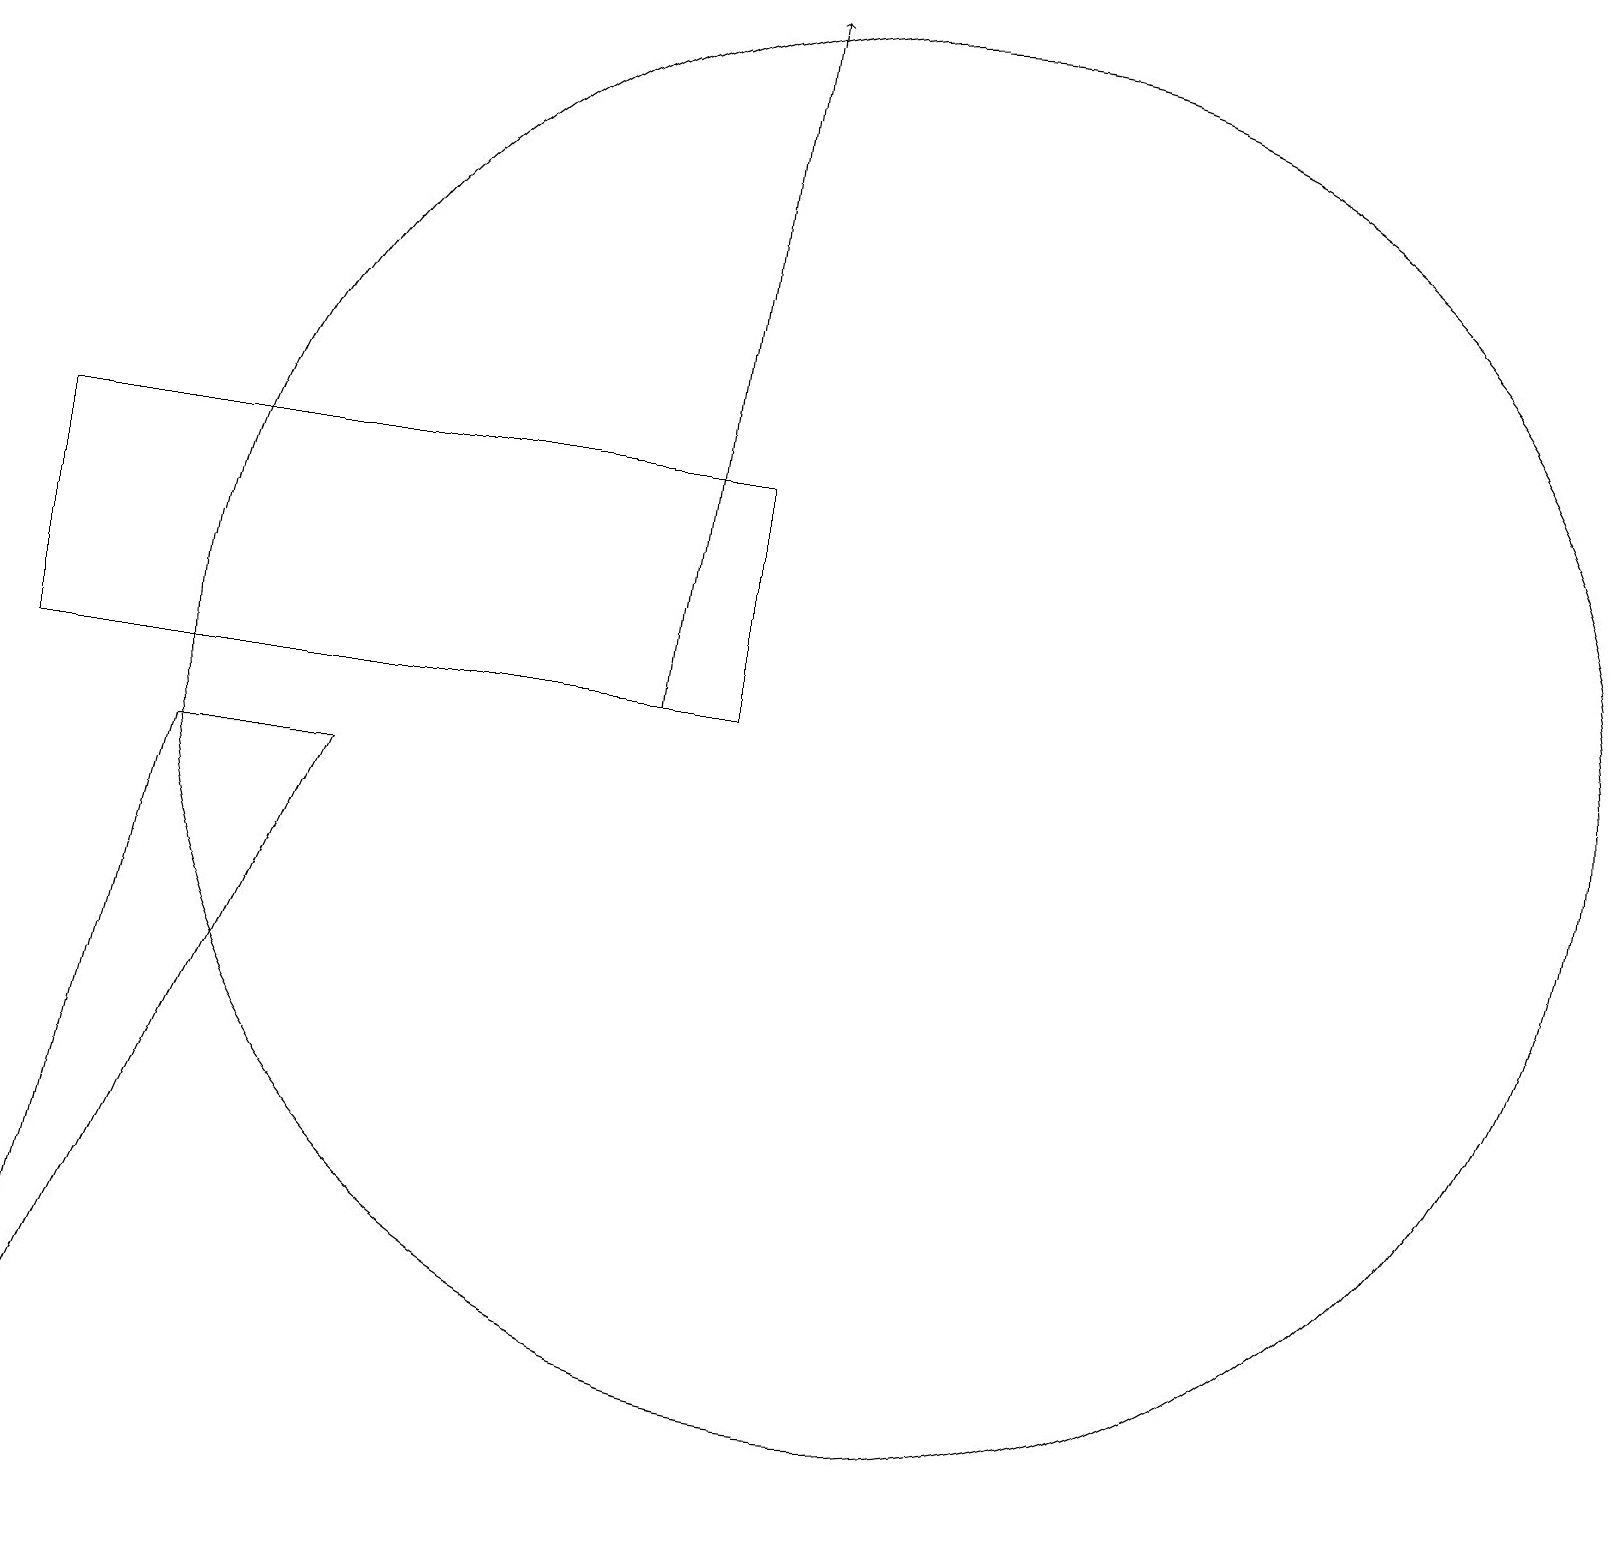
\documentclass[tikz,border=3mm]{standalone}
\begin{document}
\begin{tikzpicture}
\draw (0,10) rectangle (9,13);
\draw (12,11) circle (0);
\draw (2,9) -- (4,9) -- (0,0) -- cycle;
\draw (10,11) circle (0);
\draw (11,10) circle (9);
\draw[->] (8,10) -- (9,19);
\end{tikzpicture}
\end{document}